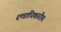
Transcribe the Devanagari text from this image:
दण्डाधिकारीय